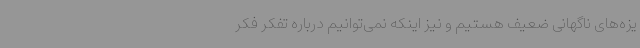
یزه‌های ناگهانی ضعیف هستیم و نیز اینکه نمی‌توانیم درباره تفکر فکر